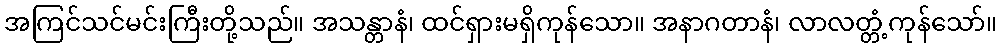
အကြင်သင်မင်းကြီးတို့သည်။ အသန္တာနံ၊ ထင်ရှားမရှိကုန်သော။ အနာဂတာနံ၊ လာလတ္တံ့ကုန်သော်။